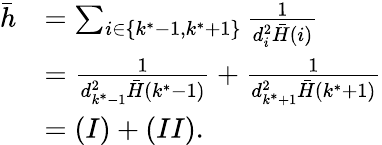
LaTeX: \begin{array}{rl}{\bar{h}}&{=\sum_{i\in\{ k^{*}-1,k^{*}+1\} }\frac{1}{d_{i}^{2}\bar{H}(i)}}\\ &{=\frac{1}{d_{k^{*}-1}^{2}\bar{H}(k^{*}-1)}+\frac{1}{d_{k^{*}+1}^{2}\bar{H}(k^{*}+1)}}\\ &{=(I)+(II).}\end{array}